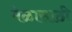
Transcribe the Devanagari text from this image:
मेळासाठी